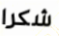
شكرا